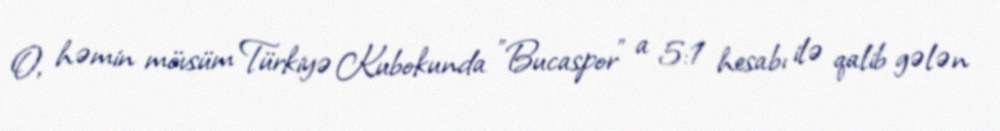
O, həmin mövsüm Türkiyə Kubokunda "Bucaspor" a 5:1 hesabı ilə qalib gələn